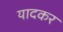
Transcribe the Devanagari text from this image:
यादकर